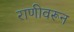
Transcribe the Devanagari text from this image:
राणीवरून